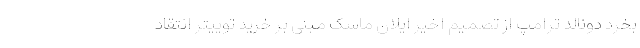
بخرد دونالد ترامپ از تصمیم اخیر ایلان ماسک مبنی بر خرید توییتر انتقاد